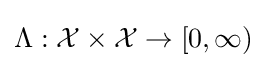
\Lambda :{\mathcal {X}}\times {\mathcal {X}}\to [0,\infty )